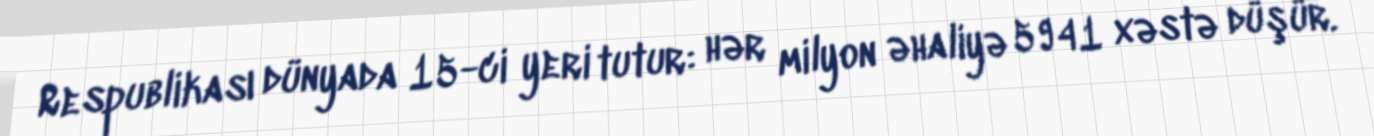
Respublikası dünyada 15-ci yeri tutur: hər milyon əhaliyə 5941 xəstə düşür.